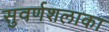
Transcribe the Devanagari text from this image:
सुवर्णशलाका